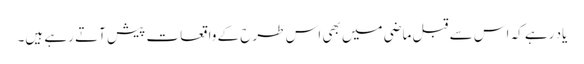
یاد رہے کہ اس سے قبل ماضی میں بھی اس طرح کے واقعات پیش آتے رہے ہیں۔